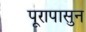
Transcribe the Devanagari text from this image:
पूरापासुन